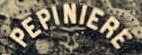
PEPINIERE